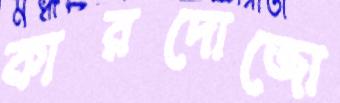
কারদোজো